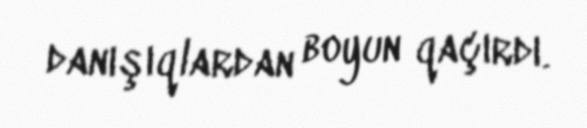
danışıqlardan boyun qaçırdı.